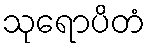
သုရောပိတံ